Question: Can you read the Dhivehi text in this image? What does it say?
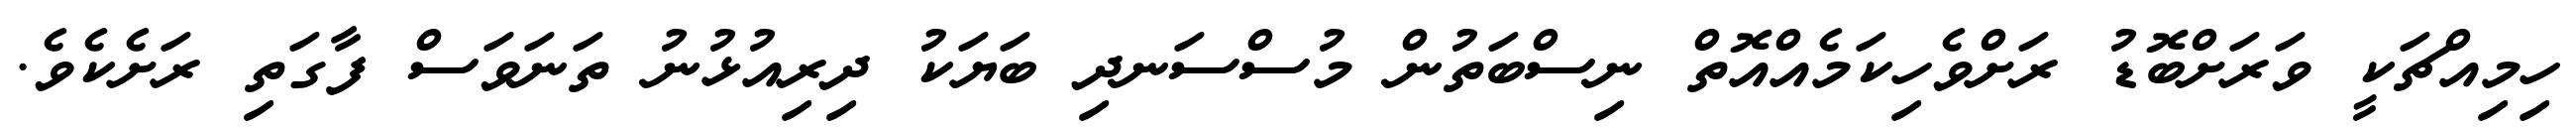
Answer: ހިމިއްޗަކީ ވަރަށްބޮޑު ރަށްވެހިކަމެއްއޮތް ނިސްބަތުން މުސްސަނދި ބަޔަކު ދިރިއުޅުނު ތަނަވަސް ފާގަތި ރަށެކެވެ.